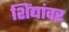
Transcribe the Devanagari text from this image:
शिंद्यांवर